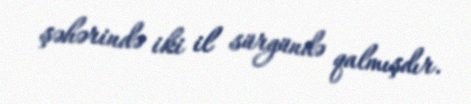
şəhərində iki il sürgündə qalmışdır.